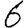
Digit: 6